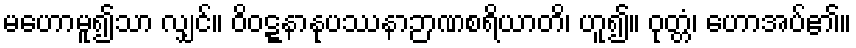
မဟောမူ၍သာ လျှင်။ ဝိဝဋ္ဋနာနုပဿနာဉာဏစရိယာတိ၊ ဟူ၍။ ဝုတ္တံ၊ ဟောအပ်၏။